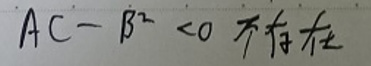
$ AC - B^{2} < 0  $不存在